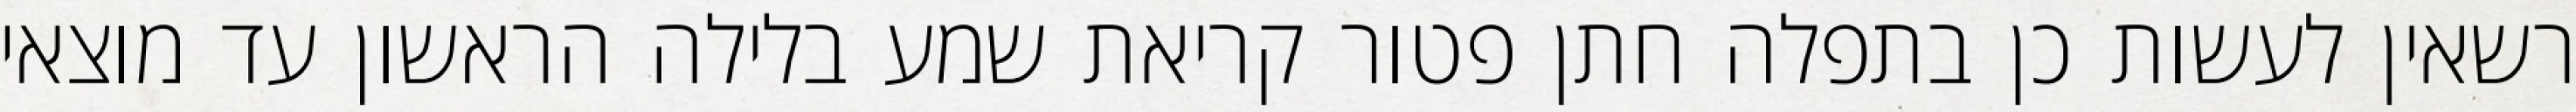
רשאין לעשות כן בתפלה חתן פטור קריאת שמע בלילה הראשון עד מוצאי